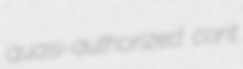
quasi-authorized cont.